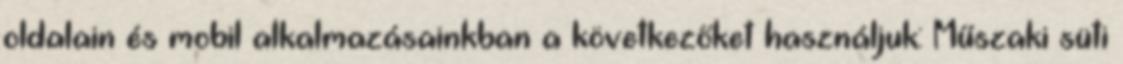
oldalain és mobil alkalmazásainkban a következőket használjuk: Műszaki süti